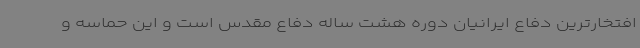
افتخارترین دفاع ایرانیان دوره هشت ساله دفاع مقدس است و این حماسه و